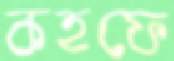
কহফে